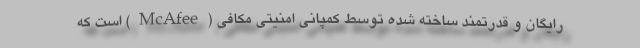
رایگان و قدرتمند ساخته شده توسط کمپانی امنیتی مکافی (McAfee) است که